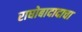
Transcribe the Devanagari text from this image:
राघोबादादाचा